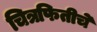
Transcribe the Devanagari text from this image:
चित्रफितीचे